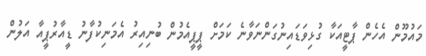
މައުމޫން އެހެން ޕާޓީއަކާ ގުޅިވަޑައިނުގަންނަވާނެ ކަމަށް ޕީޕީއެމުން ބުނިއިރު އެމަނިކުފާނު ޑީއާރުޕީއާ އަލުން